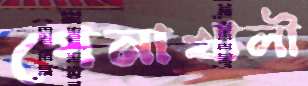
পেনাখালী